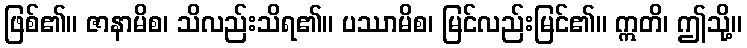
ဖြစ်၏။ ဇာနာမိစ၊ သိလည်းသိရ၏။ ပဿာမိစ၊ မြင်လည်းမြင်၏။ ဣတိ၊ ဤသို့။